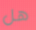
هل